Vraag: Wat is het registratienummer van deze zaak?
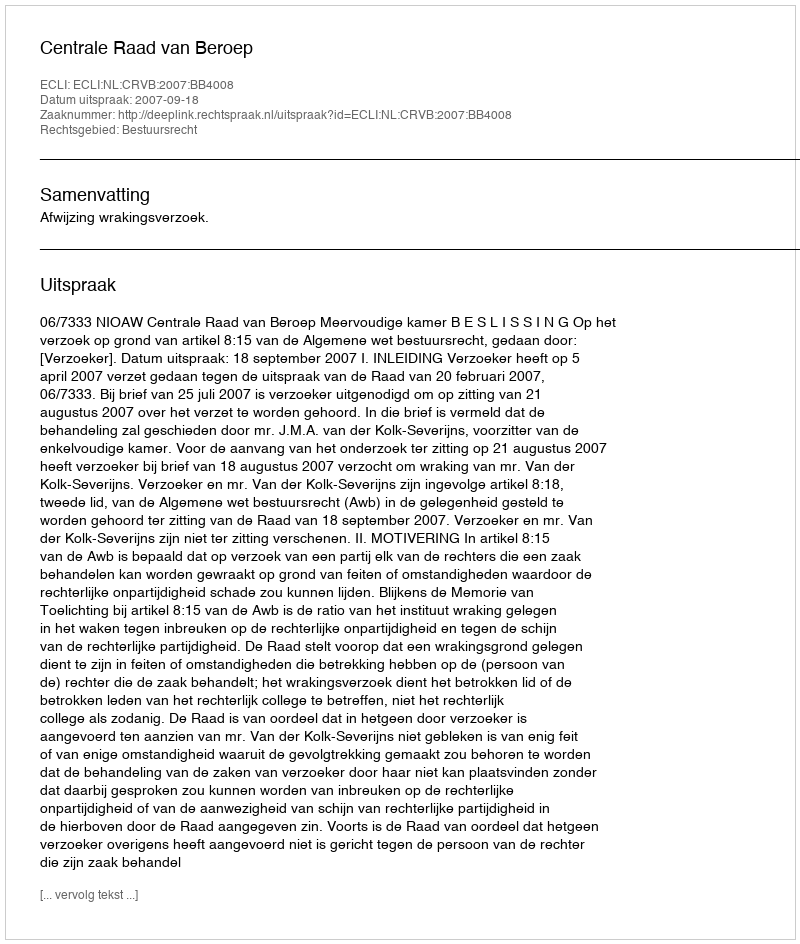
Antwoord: http://deeplink.rechtspraak.nl/uitspraak?id=ECLI:NL:CRVB:2007:BB4008